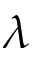
\lambda